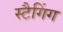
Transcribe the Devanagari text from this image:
स्टैगिंग